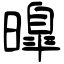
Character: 曍